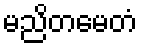
မညိတမေတံ